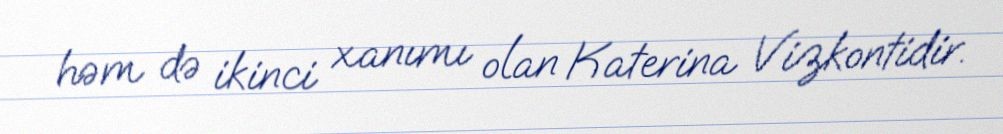
həm də ikinci xanımı olan Katerina Vizkontidir.